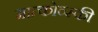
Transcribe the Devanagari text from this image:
मात्कोव्स्की